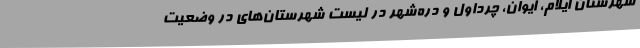
شهرستان ایلام، ایوان، چرداول و دره‌شهر در لیست شهرستان‌های در وضعیت